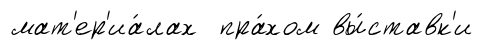
мат'ер'иа́лах пра́хом вы́ставк'и